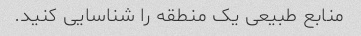
منابع طبیعی یک منطقه را شناسایی کنید.